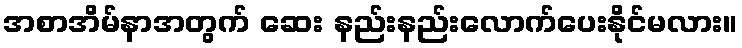
အစာအိမ်နာအတွက် ဆေး နည်းနည်းလောက်ပေးနိုင်မလား။